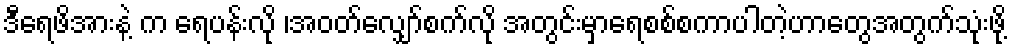
ဒီရေဖိအားနဲ့ က ရေပန်းလို ၊အဝတ်လျှော်စက်လို အတွင်းမှာရေစစ်စကာပါတဲ့ဟာတွေအတွက်သုံးဖို့